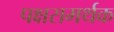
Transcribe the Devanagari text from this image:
पक्षसमर्थक